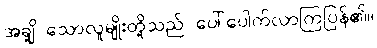
အချို့ သောလူမျိုးတို့သည် ပေါ်ပေါက်လာကြပြန်၏။